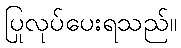
ပြုလုပ်ပေးရသည်။